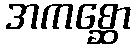
အကစ္ဆော